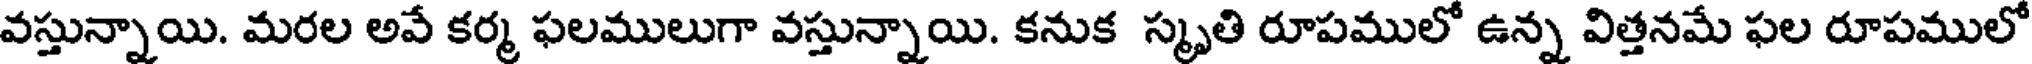
వస్తున్నాయి. మరల అవే కర్మ ఫలములుగా వస్తున్నాయి. కనుక స్మృతి రూపములో ఉన్న విత్తనమే ఫల రూపములో